Annual report of the Punjab Veterinary College and of the Civil Veterinary Department, Punjab - 1894-1908
Year: 1894
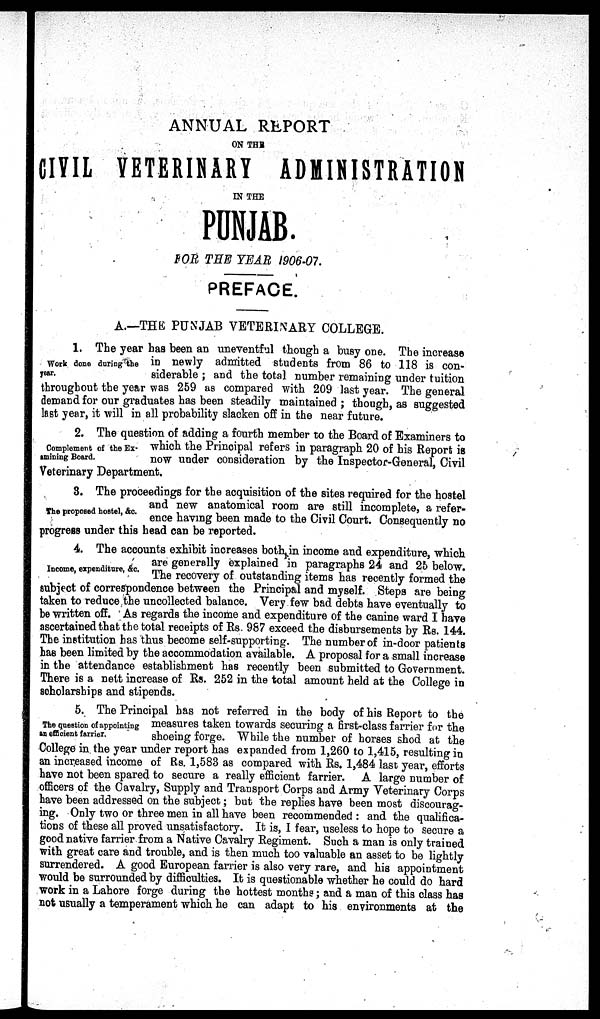
ANNUAL REPORT
ON THE
CIVIL VETERINARY ADMINISTRATION
IN THE
PUNJAB.
FOR THE YEAR 1906-07.
PREFACE.
A.—THE PUNJAB VETERINARY COLLEGE.
Work done during the
year.
1. The year has been an uneventful though a busy one. The increase
in newly admitted students from 86 to 118 is con-
siderable; and the total number remaining under tuition
throughout the year was 259 as compared with 209 last year. The general
demand for our graduates has been steadily maintained; though, as suggested
last year, it will in all probability slacken off in the near future.
Complement of the Ex-
amining Board.
2. The question of adding a fourth member to the Board of Examiners to
which the Principal refers in paragraph 20 of his Report is
now under consideration by the Inspector-General, Civil
Veterinary Department.
The proposed hostel, &c.
3. The proceedings for the acquisition of the sites required for the hostel
and new anatomical room are still incomplete, a refer-
ence having been made to the Civil Court. Consequently no
progress under this head can be reported.
Income, expenditure, &c.
4. The accounts exhibit increases both in income and expenditure, which
are generally explained in paragraphs 24 and 25 below.
The recovery of outstanding items has recently formed the
subject of correspondence between the Principal and myself. Steps are being
taken to reduce the uncollected balance. Very few bad debts have eventually to
be written off. As regards the income and expenditure of the canine ward I have
ascertained that the total receipts of Rs. 987 exceed the disbursements by Rs. 144.
The institution has thus become self-supporting. The number of in-door patients
has been limited by the accommodation available. A proposal for a small increase
in the attendance establishment has recently been submitted to Government.
There is a nett increase of Rs. 252 in the total amount held at the College in
scholarships and stipends.
The question of appointing
an efficient farrier.
5. The Principal has not referred in the body of his Report to the
measures taken towards securing a first-class farrier for the
shoeing forge. While the number of horses shod at the
College in the year under report has expanded from 1,260 to 1,415, resulting in
an increased income of Rs. 1,583 as compared with Rs. 1,484 last year, efforts
have not been spared to secure a really efficient farrier. A large number of
officers of the Cavalry, Supply and Transport Corps and Army Veterinary Corps
have been addressed on the subject; but the replies have been most discourag-
ing. Only two or three men in all have been recommended: and the qualifica-
tions of these all proved unsatisfactory. It is, I fear, useless to hope to secure a
good native farrier from a Native Cavalry Regiment. Such a man is only trained
with great care and trouble, and is then much too valuable an asset to be lightly
surrendered. A good European farrier is also very rare, and his appointment
would be surrounded by difficulties. It is questionable whether he could do hard
work in a Lahore forge during the hottest months; and a man of this class has
not usually a temperament which he can adapt to his environments at the